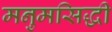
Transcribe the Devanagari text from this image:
मनुमसिद्धी